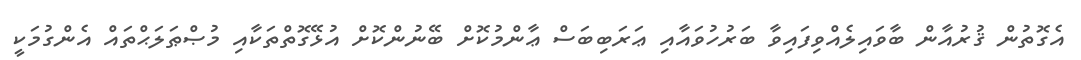
އެގޮތުން ޤުރުއާން ބާވައިލެއްވިފައިވާ ބަރުހުވައާއި ޢަރަބިބަސް ޢާންމުކޮށް ބޭނުންކޮށް އުޅޭގޮތްތަކާއި މުޞްޠަލަޙްތައް އެންގުމަކީ